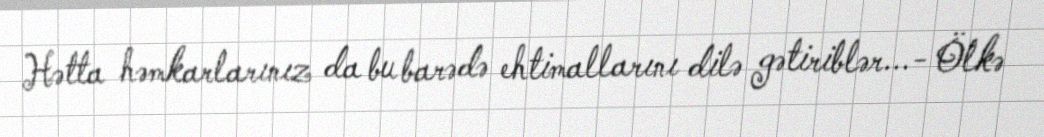
Hətta həmkarlarınız da bu barədə ehtimallarını dilə gətiriblər...- Ölkə